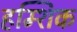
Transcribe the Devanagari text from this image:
हम्शिक